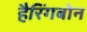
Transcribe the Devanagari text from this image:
हैरिंगबोन